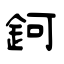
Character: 鈳